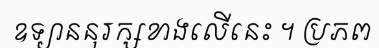
ឧទ្យាននុរក្សខាងលើនេះ ។ ប្រភព